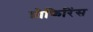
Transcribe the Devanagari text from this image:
प्रोफिरिंस